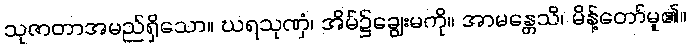
သုဇာတာအမည်ရှိသော။ ဃရသုဏှံ၊ အိမ်၌ချွေးမကို။ အာမန္တေသိ၊ မိန့်တော်မူ၏။